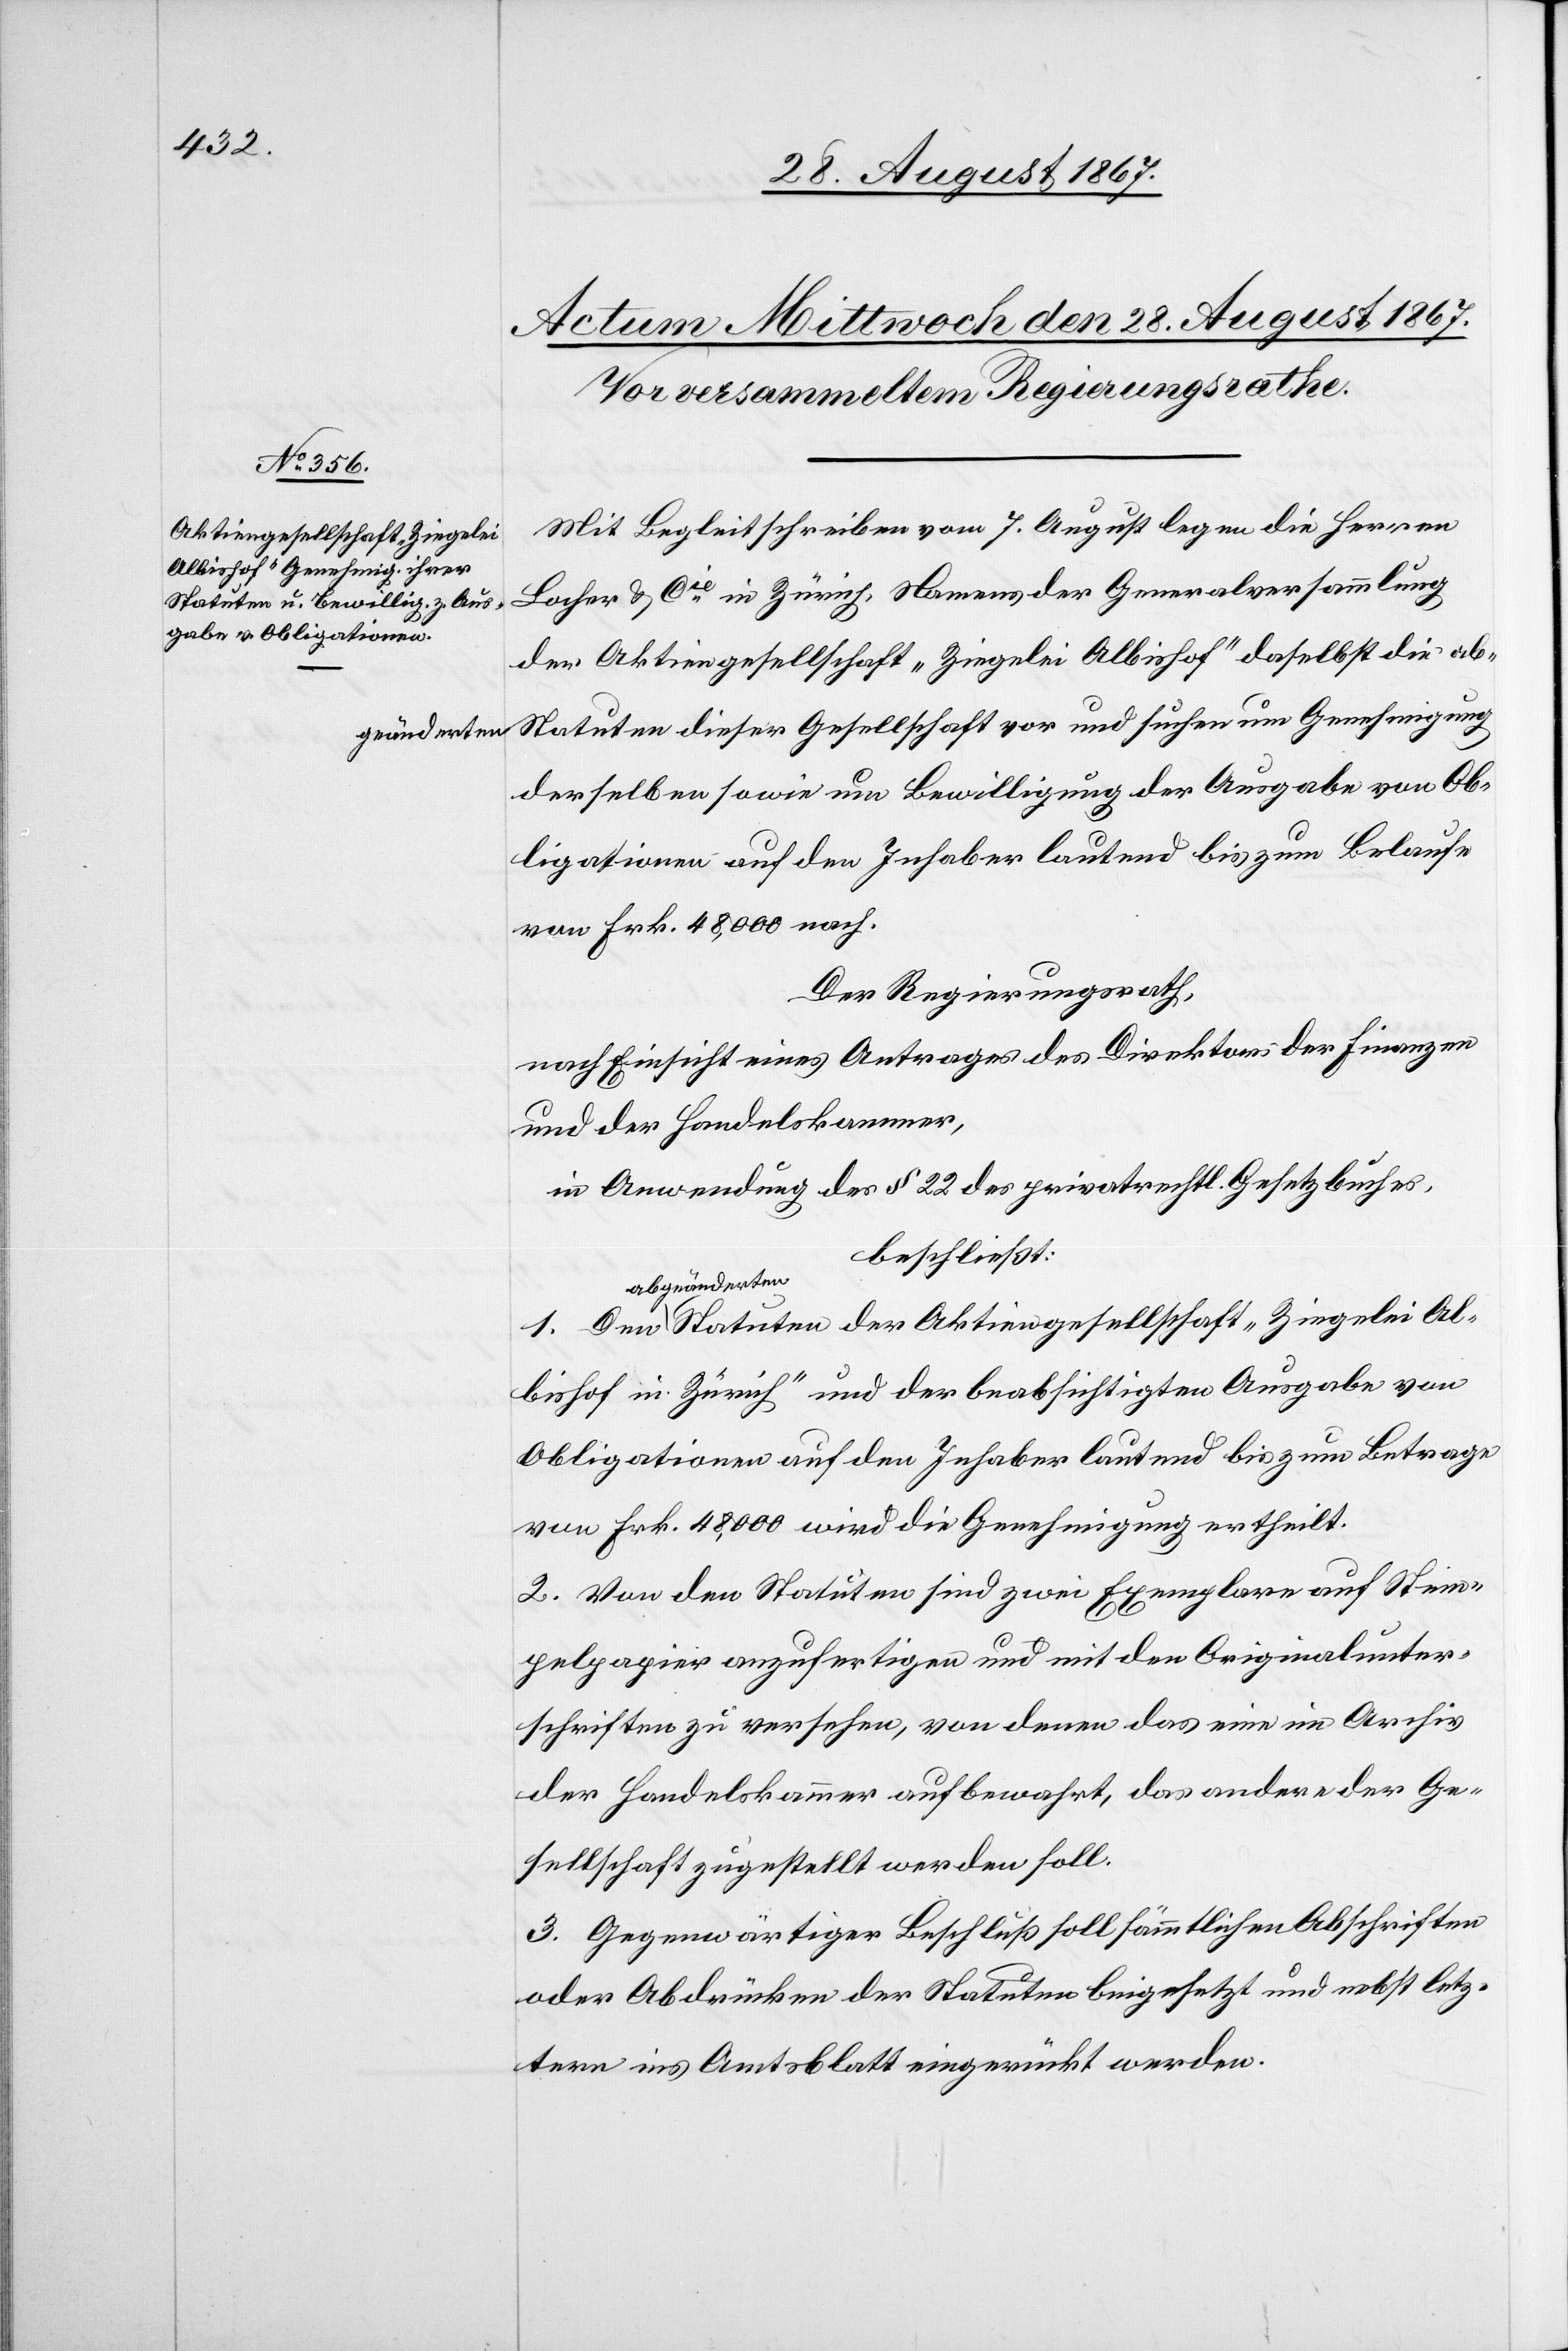
Aktiengesellschaft „Ziegelei
geänderten

Mit Begleitschreiben vom 7. August legen die Herren
Locher & Cie. in Zürich, Namens der Generalversammlung
der Aktiengesellschaft „Ziegelei Albishof“ daselbst die ab¬
Statuten dieser Gesellschaft vor und suchen um Genehmigung
derselben sowie um Bewilligung der Ausgabe von Ob¬
ligationen auf den Inhaber lautend bis zum Belaufe
von Frk. 48 000 nach.
Der Regierugnsrath,
nach Einsicht eines Antrages des Direktors der Finanzen
und der Handelskammer,
in Anwendung des § 22 des privatrechtl. Gesetzbuches,
beschließt:
abgeänderten
Albishof in Zürich“ und der beabsichtigten Ausgabe von
Obligationen auf den Inhaber lautend bis zum Betrage
von Frk. 48 000 wird die Genehmigung ertheilt.
2. Von den Statuten sind zwei Exemplare auf Stem¬
pelpapier anzufertigen und mit den Originalunter¬
schriften zu versehen, von denen das eine im Archiv
der Handelskammer aufbewahrt, das andere der Ge¬
sellschaft zugestellt werden soll.
3. Gegenwärtiger Beschluß soll sämmtlichen Abschriften
oder Abdrücken der Statuten beigesetzt und nebst letz¬
tern ins Amtsblatt eingerückt werden.